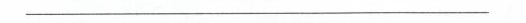
___